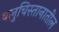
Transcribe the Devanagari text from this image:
बलुचिस्तानातील